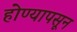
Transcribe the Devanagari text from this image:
होण्यापसून